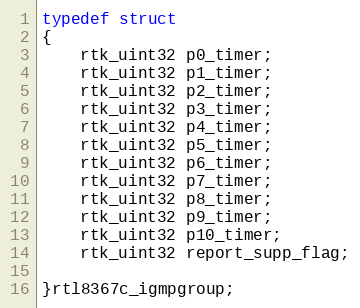
Language: C
typedef struct
{
    rtk_uint32 p0_timer;
    rtk_uint32 p1_timer;
    rtk_uint32 p2_timer;
    rtk_uint32 p3_timer;
    rtk_uint32 p4_timer;
    rtk_uint32 p5_timer;
    rtk_uint32 p6_timer;
    rtk_uint32 p7_timer;
    rtk_uint32 p8_timer;
    rtk_uint32 p9_timer;
    rtk_uint32 p10_timer;
    rtk_uint32 report_supp_flag;

}rtl8367c_igmpgroup;